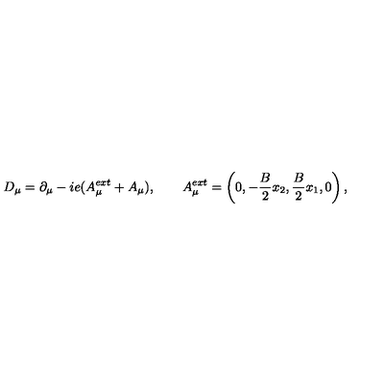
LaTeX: D _ { \mu } = \partial _ { \mu } - i e ( A _ { \mu } ^ { e x t } + A _ { \mu } ) , \qquad A _ { \mu } ^ { e x t } = \left( 0 , - \frac { B } { 2 } x _ { 2 } , \frac { B } { 2 } x _ { 1 } , 0 \right) ,